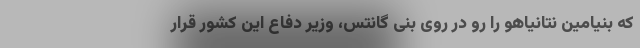
که بنیامین نتانیاهو را رو در روی بنی گانتس، وزیر دفاع این کشور قرار